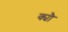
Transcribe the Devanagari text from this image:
क्यौ